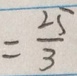
= \frac { 2 5 } { 3 }